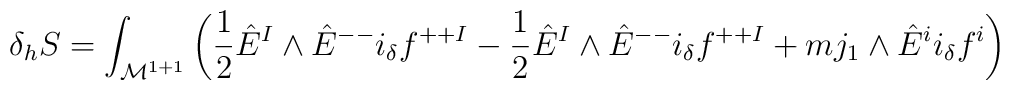
\delta_{h}S =\int_{{\cal M}^{1+1}} \left({1 \over 2} \hat{E}^{I} \wedge \hat{E}^{--} i_\delta f^{++I} -{1 \over 2} \hat{E}^{I} \wedge \hat{E}^{--} i_\delta f^{++I} +m j_1 \wedge \hat{E}^{i} i_\delta f^{i}\right)